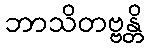
ဘာသိတဗ္ဗန္တိ